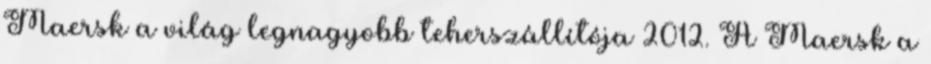
Maersk a világ legnagyobb teherszállítója 2012. A Maersk a